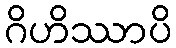
ဂိဟိဿာပိ